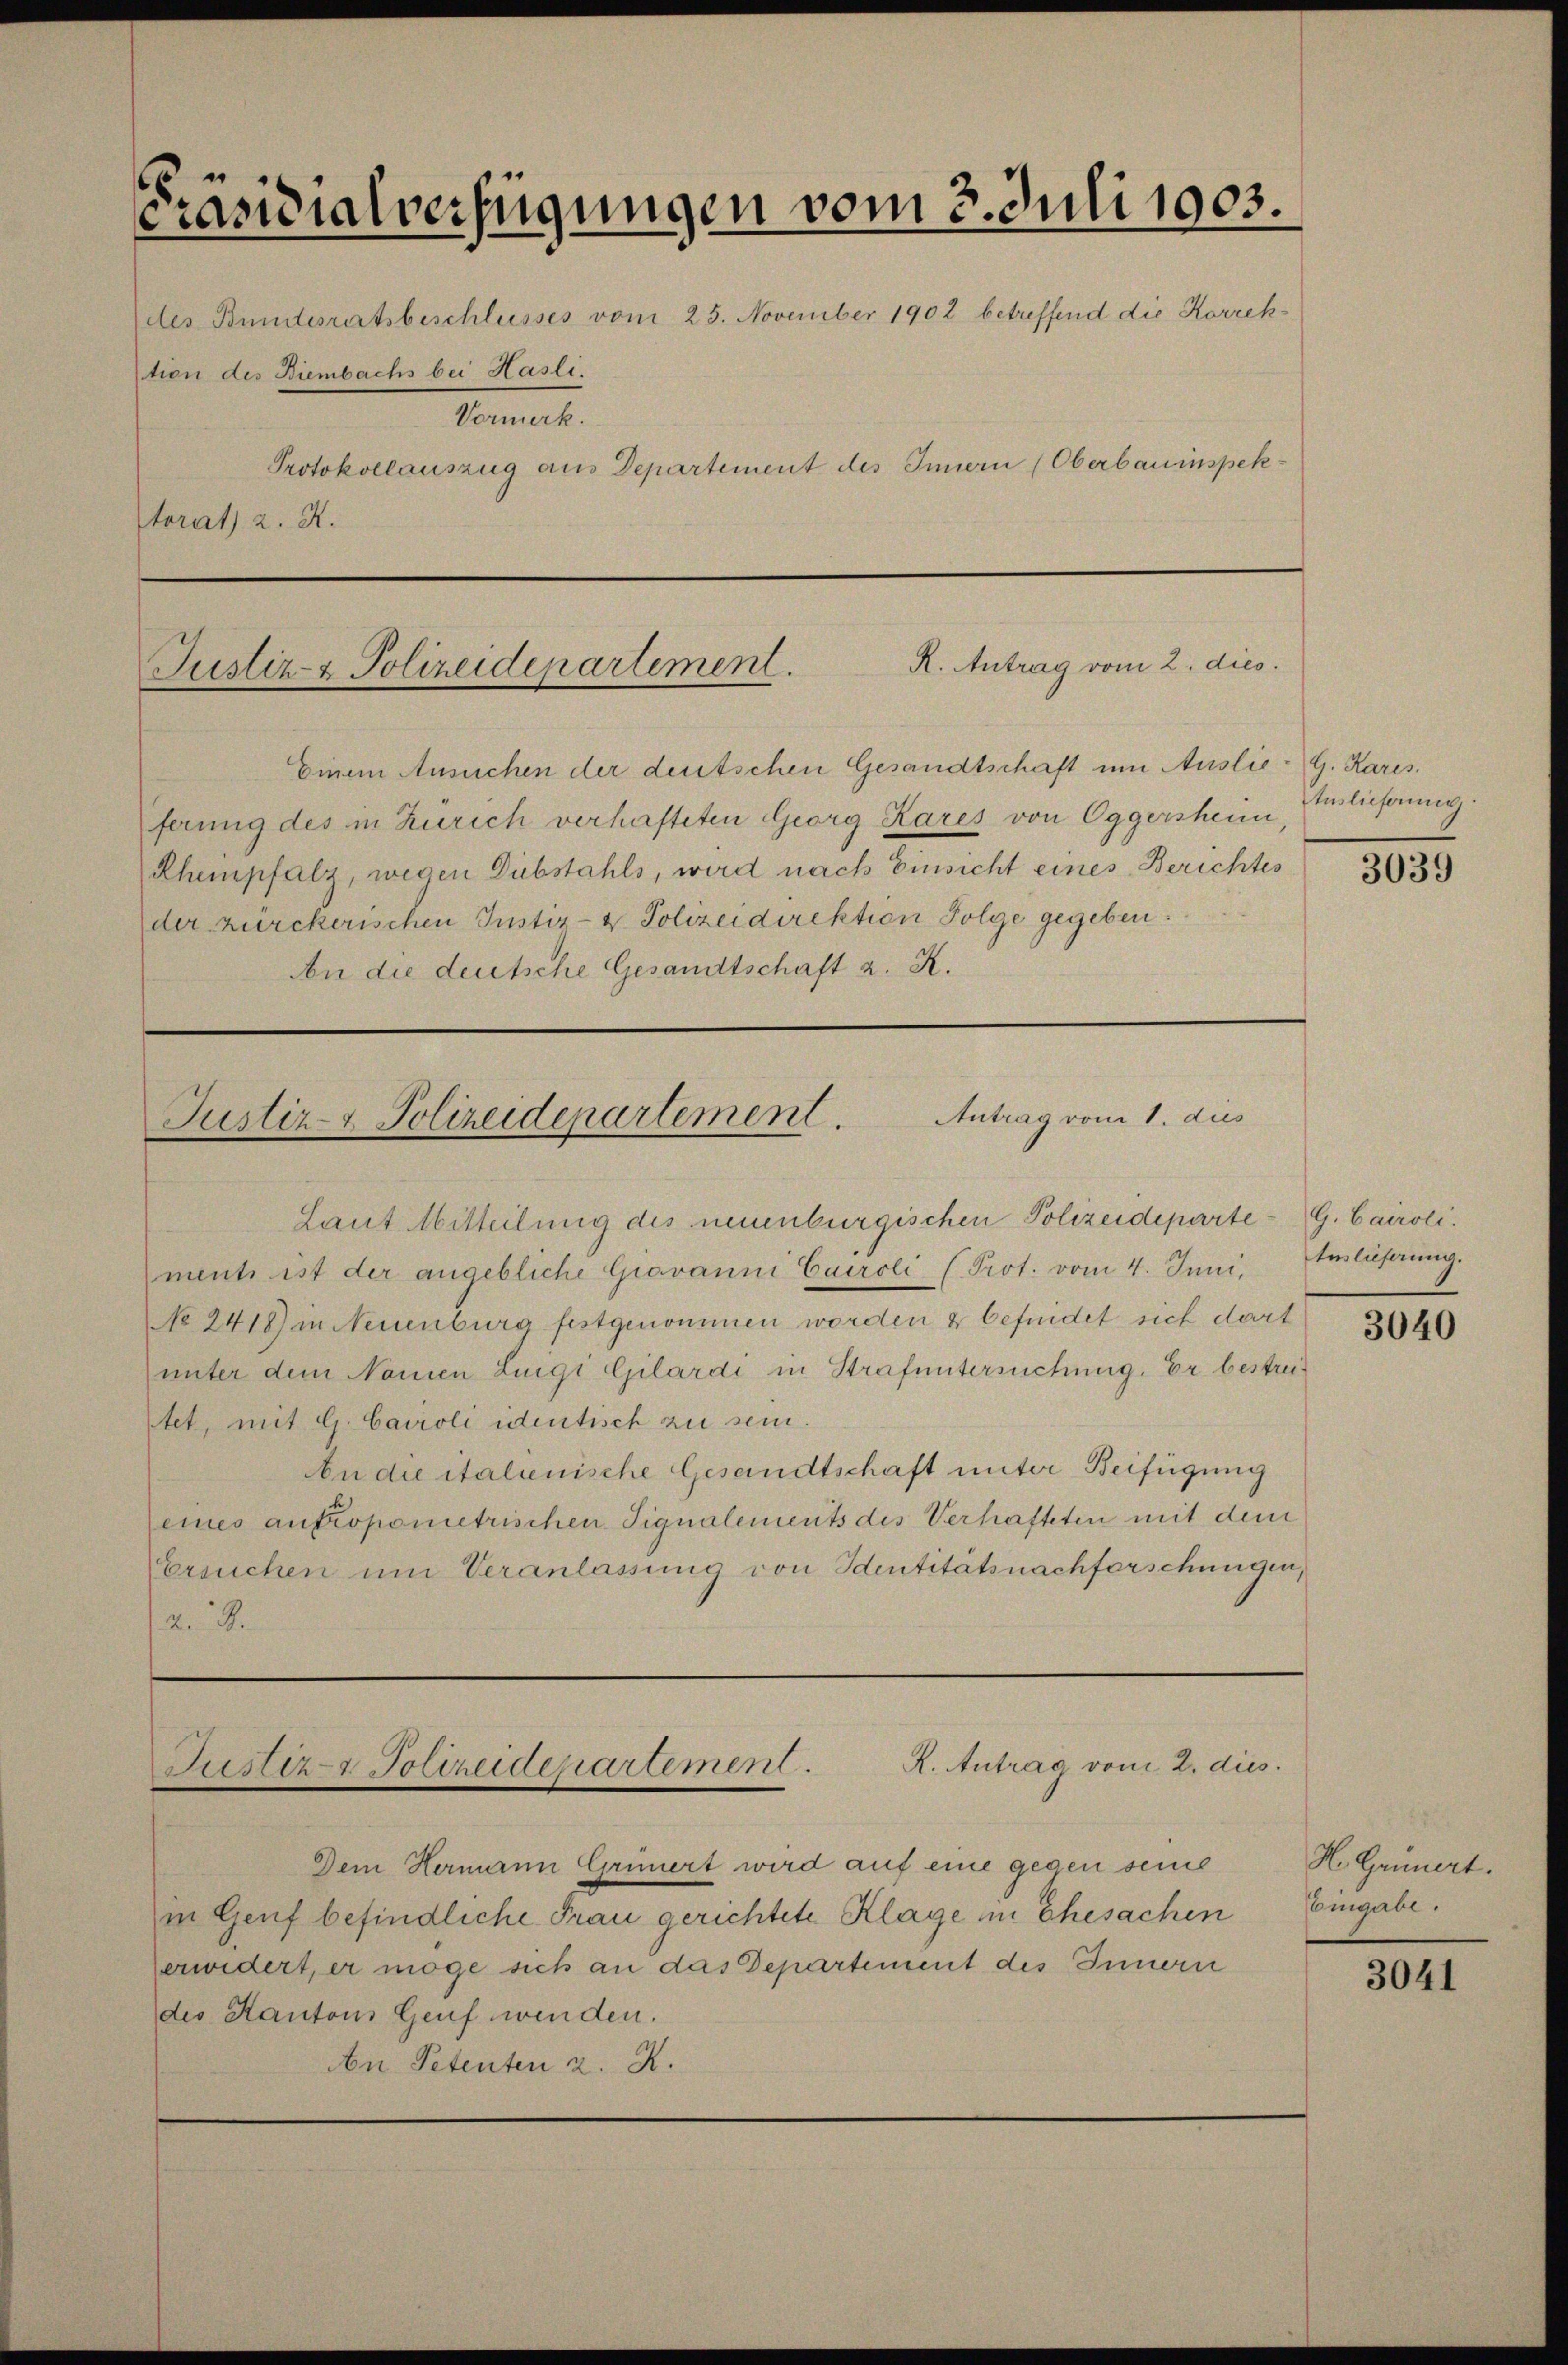
Präsidialverfügungen vom 3. Juli 1903.
des Bundesratsbeschlusses vom 25. November 1902 betreffend die Korrektion des Riembachs bei Hasli.
Vormerk.
Protokollauszug aus Departement des Innern (Oberbauinspektorat 2. R.

R. Antrag vom 2. dies
Justiz- & Polizeidepartement.

Einem Ansuchen der deutschen Gesandtschaft um Auslie- G. Kares.
ferung des in Zürich verhafteten Georg Kares von Eggersheim
Rhempfalz, wegen Dubstahls, wird nach Einsicht eines Berichtes
der zürckerischen Justiz- & Polizeidirektion Folge gegeben.
An die deutsche Gesandtschaft z. R.

Antrag vom 1. dies
Justiz- & Polizeidepartement.

Laut Mitteilung des neuenburgischen Polizeideparte G. Cairoli
ment ist der angebliche Giovanni Caroli (Prot. vom 4. Juni,
No 2418) in Neuenburg festgenommen worden & befindet sich dart
unter dem Namen Ligi Gilardi in Strafuntersuchung. Er bestreitet, mit G. Caroli identisch zu sein.
An die italienische Gesandtschaft unter Beifügung
eines aufropometrischen Signalements des Verhafteten mit dem
Ersuchen um Veranlassung von Identitätsnachforschungen,
a. D.

R. Antrag vom 2. dies
Justiz-Polizeidepartement.

Dem Hermann Grünert wird auf eine gegen seine
in Genf befindliche Frau gerichtete Klage in Ehesachen
erwidert, er möge sich an das Departement des Innern
des Kantons Genf wenden.
An Petenten z. R.

Auslieferung.

3039

tuslieferung.

3040

H. Grunert.
Eingabe.

3041